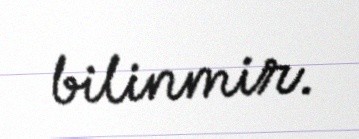
bilinmir.